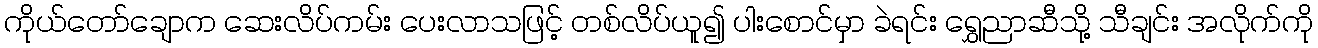
ကိုယ်တော်ချောက ဆေးလိပ်ကမ်း ပေးလာသဖြင့် တစ်လိပ်ယူ၍ ပါးစောင်မှာ ခဲရင်း ရွှေညာဆီသို့ သီချင်း အလိုက်ကို